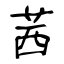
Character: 茜